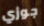
جوزي